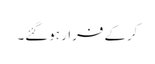
کرکے فرار ہوگئے۔